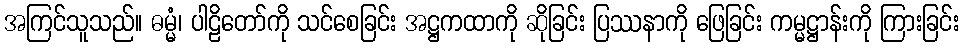
အကြင်သူသည်။ ဓမ္မံ၊ ပါဠိတော်ကို သင်စေခြင်း အဋ္ဌကထာကို ဆိုခြင်း ပြဿနာကို ဖြေခြင်း ကမ္မဋ္ဌာန်းကို ကြားခြင်း